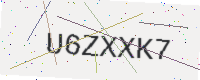
Text: U6ZXXK7